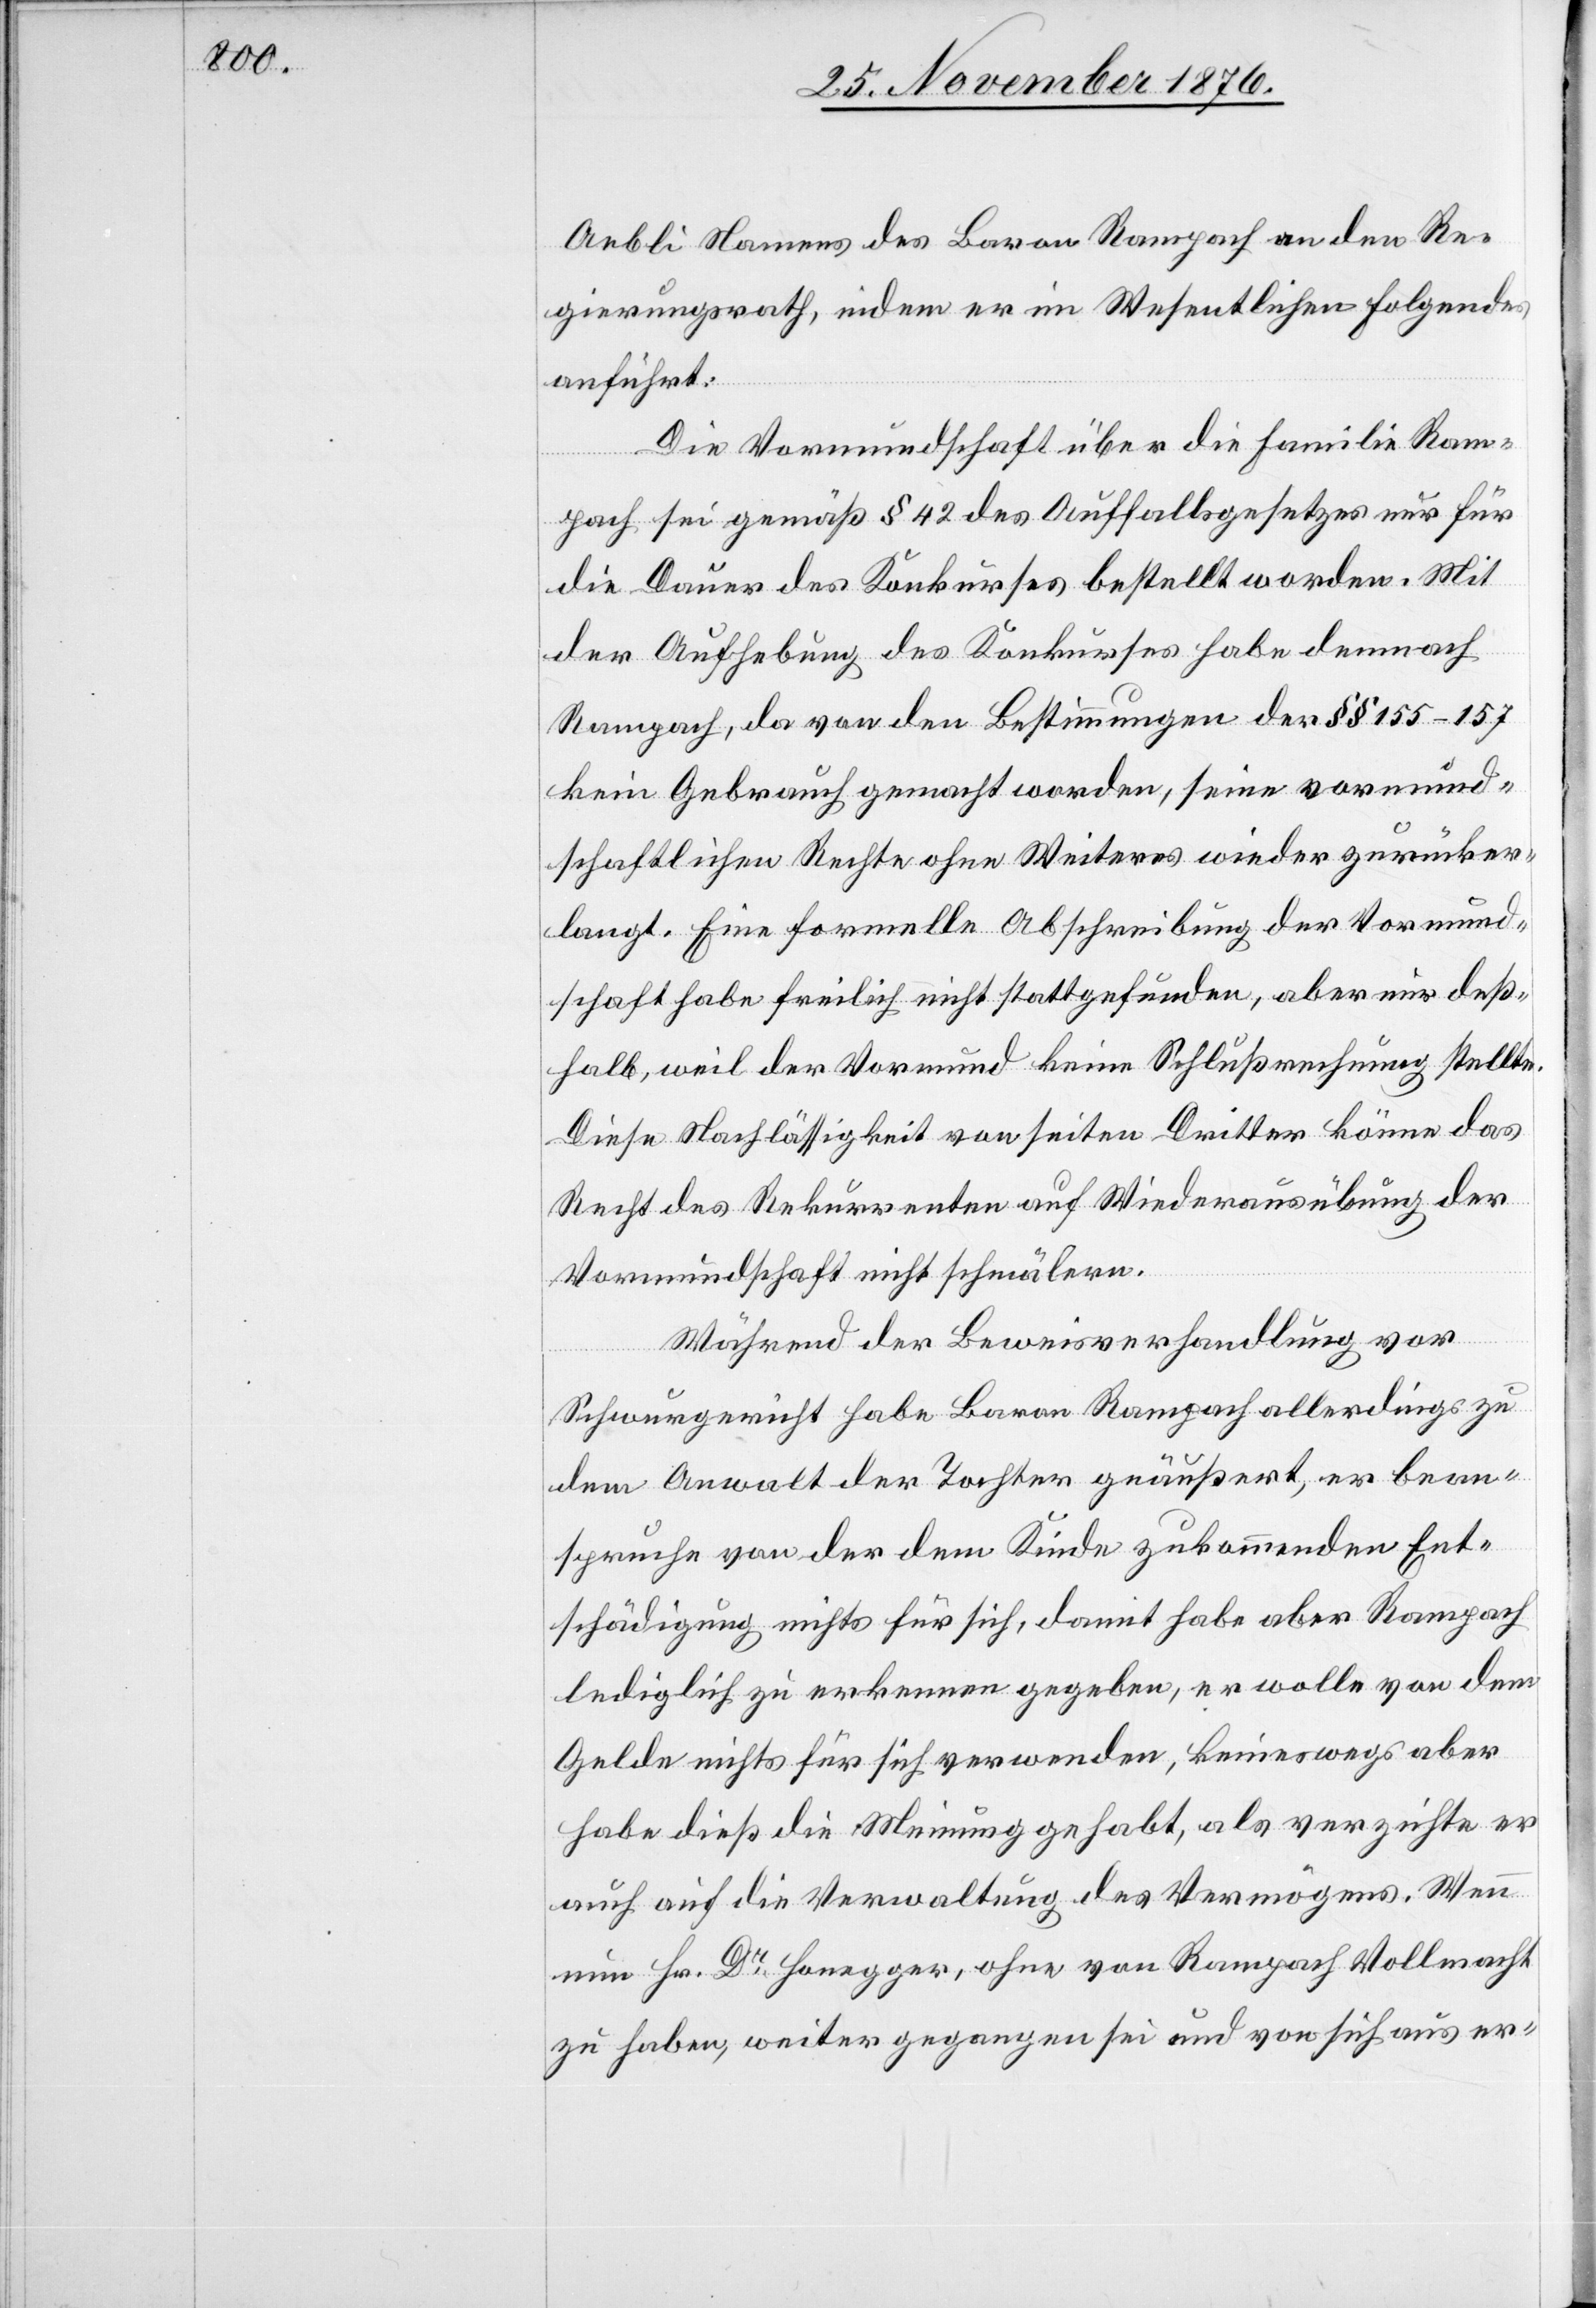
Aebli Namens des Baron Rampach an den Re¬
gierungsrath, indem er im Wesentlichen Folgendes
anführt:
Die Vormundschaft über die Familie Ram¬
pach sei gemäß § 42 des Auffallsgesetzes nur für
die Dauer des Konkurses bestellt worden. Mit
der Aufhebung des Konkurses habe demnach
Rampach, da von den Bestimmungen der §§ 155–157
kein Gebrauch gemacht worden, seine vormund¬
schaftlichen Rechte ohne Weiteres wieder zurücker¬
langt. Eine formelle Abschreibung der Vormund¬
schaft habe freilich nicht stattgefunden, aber nur deß¬
halb, weil der Vormund keine Schlußrechnung stellte.
Diese Nachlässigkeit von seiten Dritter könne das
Recht des Rekurrenten auf Wiederausübung der
Vormundschaft nicht schmälern.
Während der Beweisverhandlung vor
Schwurgericht habe Baron Rampach allerdings zu
dem Anwalt der Tochter geäußert, er bean¬
spruche von der dem Kinde zukommenden Ent¬
schädigung nichts für sich, damit habe aber Rampach
lediglich zu erkennen gegeben, er wollte von dem
Gelde nichts für sich verwenden, keineswegs aber
habe dieß die Meinung gehabt, als verzichte er
auch auf die Verwaltung des Vermögens. Wenn
nun Hr. Dr Honegger, ohne von Rampach Vollmacht
zu haben, weiter gegangen sei und von sich aus er-